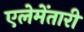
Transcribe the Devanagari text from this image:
एलेमेंतारी